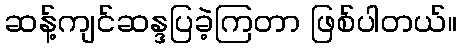
ဆန့်ကျင်ဆန္ဒပြခဲ့ကြတာ ဖြစ်ပါတယ်။